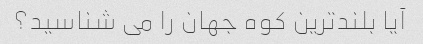
آیا بلندترین کوه جهان را می شناسید؟